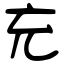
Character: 充